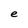
Character: e